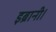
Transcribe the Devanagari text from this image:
इब्रानी।